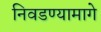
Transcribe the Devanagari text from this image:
निवडण्यामागे